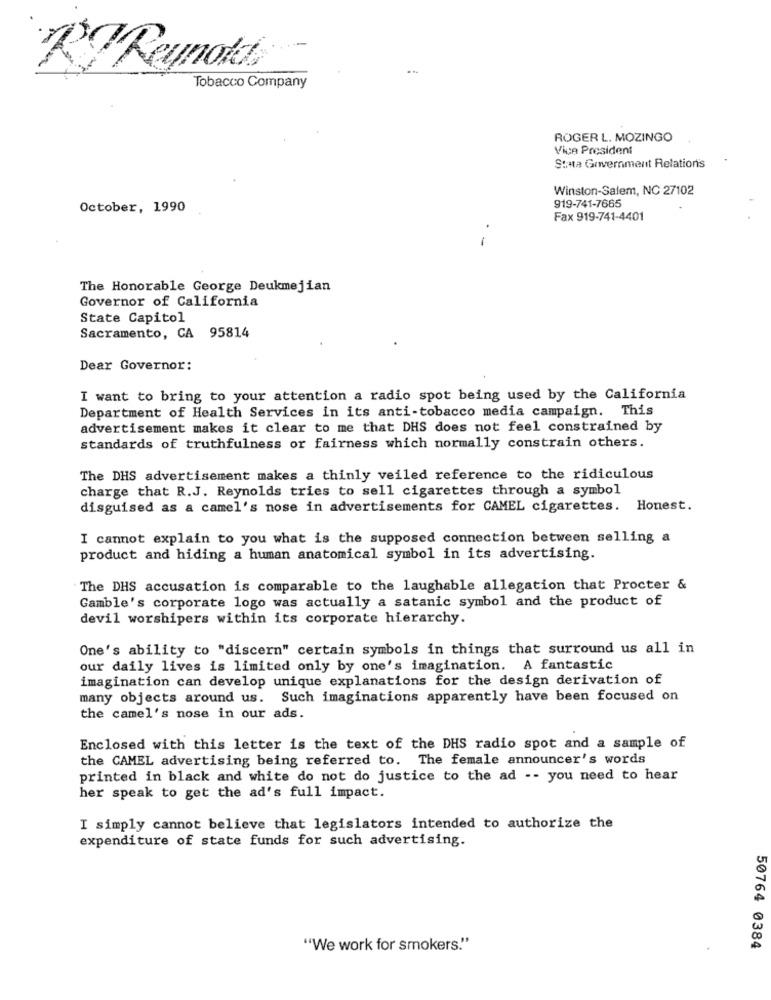
-
KReynold
Tobacco Company
ROGER L. MOZINGO
Vice President
Stata Government Relations
Winston-Salem, NC 27102
919-741-7665
October, 1990
Fax 919-741-4401
-
The Honorable George Deukmejian
Governor of California
State Capitol
Sacramento, CA 95814
Dear Governor:
I want to bring to your attention a radio spot being used by the California
Department of Health Services in its anti-tobacco media campaign. This
advertisement makes it clear to me that DHS does not feel constrained by
standards of truthfulness or fairness which normally constrain others.
The DHS advertisement makes a thinly veiled reference to the ridiculous
charge that R.J. Reynolds tries to sell cigarettes through a symbol
disguised as a camel's nose in advertisements for CAMEL cigarettes. Honest.
I cannot explain to you what is the supposed connection between selling a
product and hiding a human anatomical symbol in its advertising.
The DHS accusation is comparable to the laughable allegation that Procter &
Gamble's corporate logo was actually a satanic symbol and the product of
devil worshipers within its corporate hierarchy.
One's ability to "discern" certain symbols in things that surround us all in
our daily lives is limited only by one's imagination. A fantastic
imagination can develop unique explanations for the design derivation of
many objects around us. Such imaginations apparently have been focused on
the camel's nose in our ads.
Enclosed with this letter is the text of the DHS radio spot and a sample of
the CAMEL advertising being referred to. The female announcer's words
printed in black and white do not do justice to the ad -- you need to hear
her speak to get the ad's full impact.
I simply cannot believe that legislators intended to authorize the
expenditure of state funds for such advertising.
"We work for smokers."
50764 0384